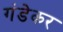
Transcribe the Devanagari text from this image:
गंडेकर